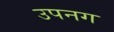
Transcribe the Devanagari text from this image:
उपनग